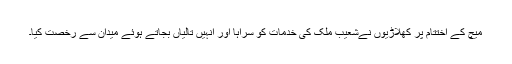
میچ کے اختتام پر کھلاڑیوں نےشعیب ملک کی خدمات کو سراہا اور انہیں تالیاں بجاتے ہوئے میدان سے رخصت کیا۔